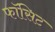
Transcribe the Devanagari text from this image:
फॉसिट